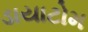
ડાયાટોમ